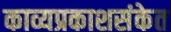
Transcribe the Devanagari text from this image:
काव्यप्रकाशसंकेत